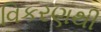
વિકરણથી